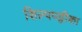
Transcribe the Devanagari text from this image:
शिल्पपट्टीका